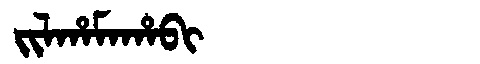
Manchu: ᠵᡳᠯᡥᠠᠮᠠᡥᠠᠪᡳ
Romanization: JILHAMAHABI